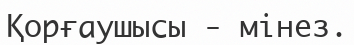
Қорғаушысы - мінез.